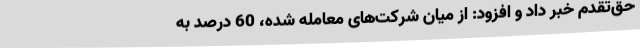
حق‌تقدم خبر داد و افزود: از میان شرکت‌های معامله ‌شده، 60 درصد به